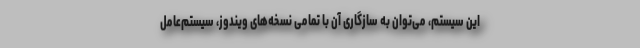
این سیستم، می‌توان به سازگاری آن با تمامی نسخه‌های ویندوز، سیستم‌عامل